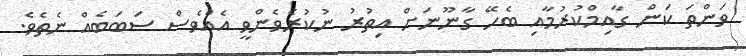
ވަންތަ ކަން ގާއިމްކުރުމާއި ބެހޭ ގާނޫނަށް އިތުރު ނުކުރެވެންވީ އެއްވެސް ސަބަބެއް ނެތެވެ.